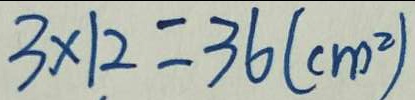
3 \times 1 2 = 3 6 ( c m ^ { 2 } )